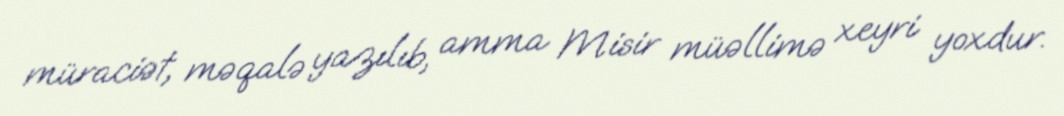
müraciət, məqalə yazılıb, amma Misir müəllimə xeyri yoxdur.